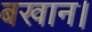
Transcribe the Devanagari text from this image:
बखान।